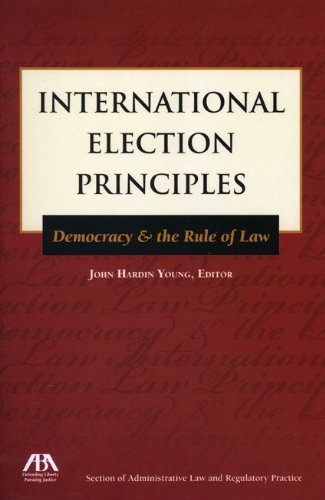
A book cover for International Election Principles: Democracy & the Rule of Law; Law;